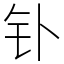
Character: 钋